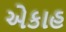
એકાહ